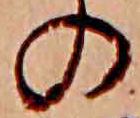
の